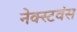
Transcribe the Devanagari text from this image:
नेक्स्टवंस